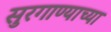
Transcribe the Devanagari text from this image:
सुरगाण्याच्या